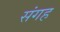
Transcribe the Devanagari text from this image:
संगह